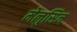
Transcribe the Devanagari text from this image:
मेलुसिन